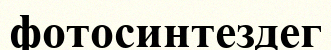
фотосинтездег